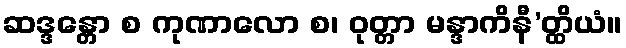
ဆဒ္ဒန္တော စ ကုဏာလော စ၊ ဝုတ္တာ မန္ဒာကိနီ’တ္ထိယံ။